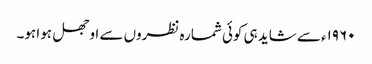
۱۹۶۰ء سے شاید ہی کوئی شمارہ نظروں سے اوجھل ہوا ہو۔